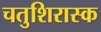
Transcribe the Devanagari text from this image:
चतुशिरास्क